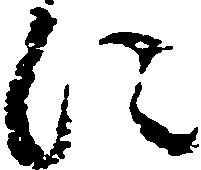
に